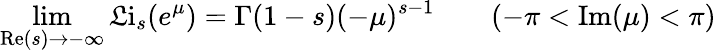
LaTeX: \operatorname*{lim}_{\operatorname{Re}(s)\to-\infty}\operatorname{\mathfrak{L}i}_{s}(e^{\mu})=\Gamma(1-s)(-\mu)^{s-1}\qquad(-\pi<\operatorname{Im}(\mu)<\pi)